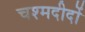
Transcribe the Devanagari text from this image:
चश्मदीदों